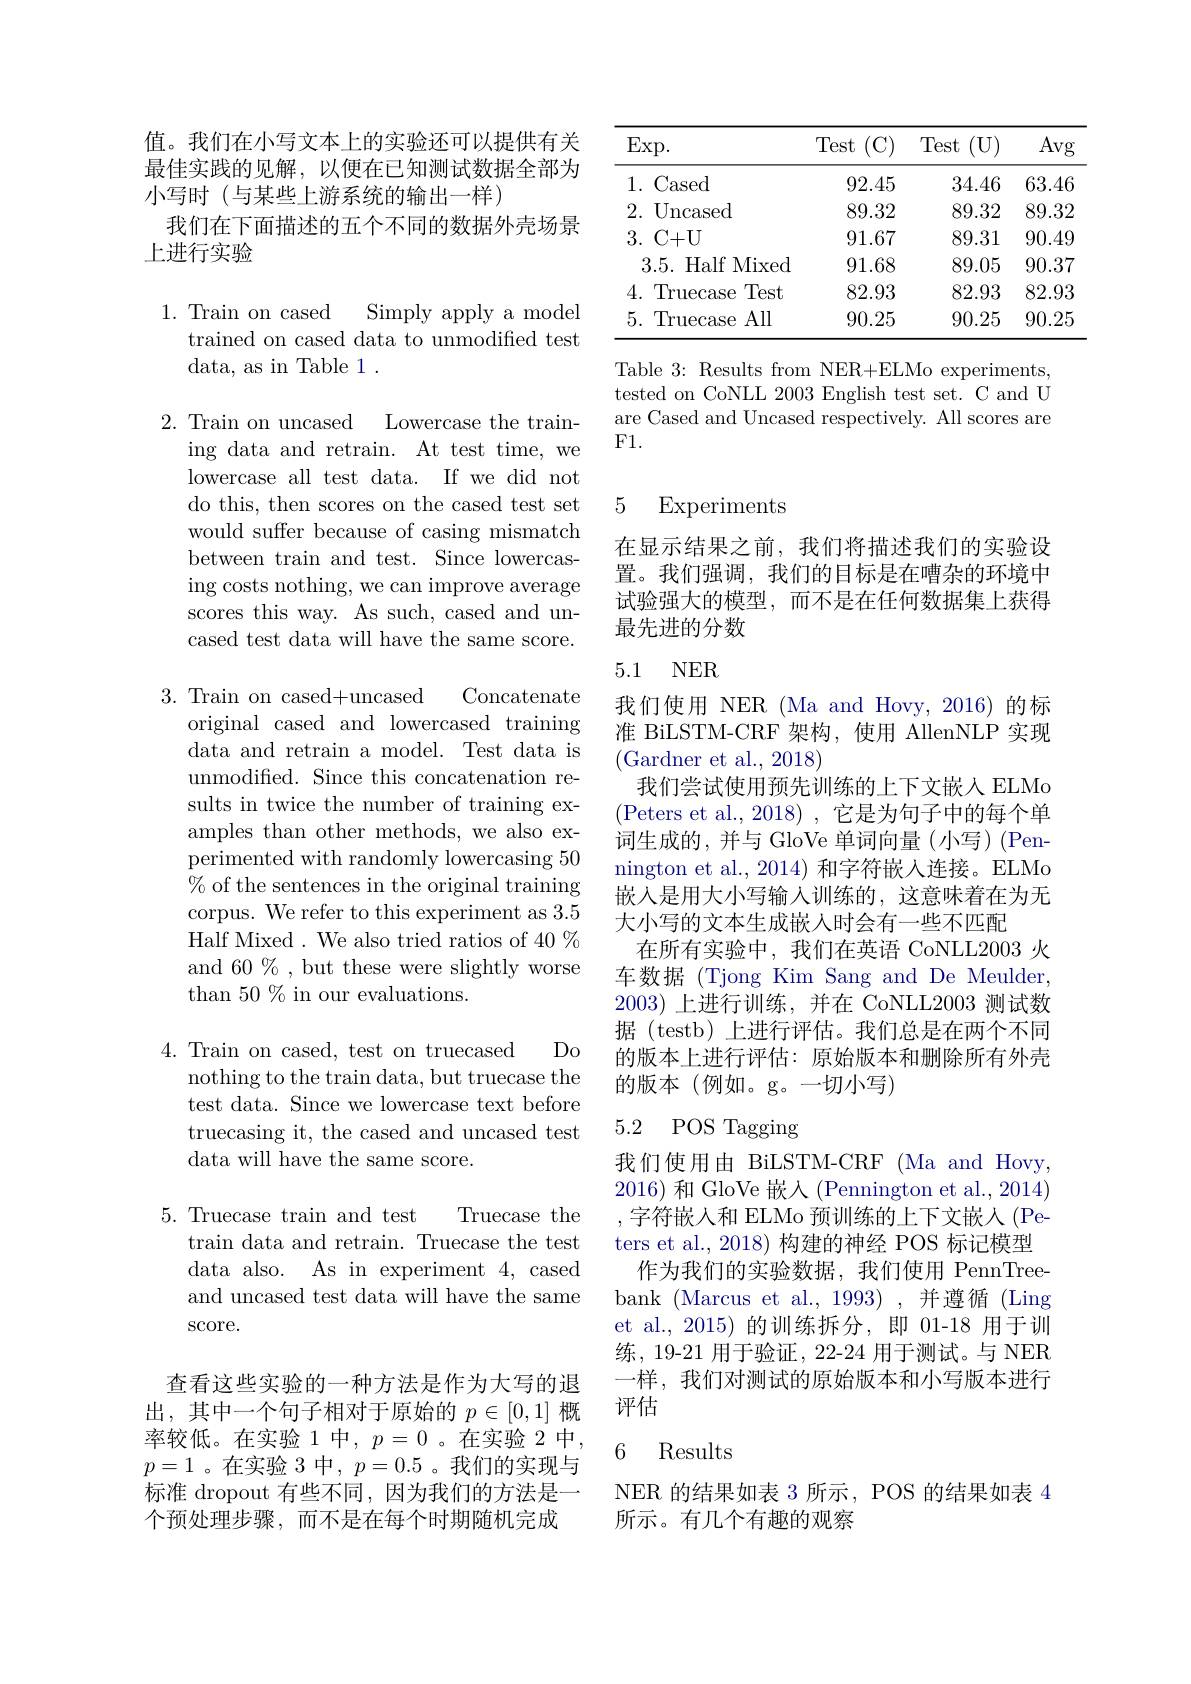
值。我们在小写文本上的实验还可以提供有关最佳实践的见解，以便在已知测试数据全部为小写时(与某些上游系统的输出一样)
我们在下面描述的五个不同的数据外壳场景
上进行实验

1. Train on cased Simply apply a model
trained on cased data to unmodified test
data, as in Table 1 .

2. Train on uncased Lowercase the train-
ing data and retrain. At test time, we lowercase all test data. If we did not do this, then scores on the cased test set would suffer because of casing mismatch between train and test. Since lowercasing costs nothing, we can improve average scores this way. As such, cased and uncased test data will have the same score.

3. Train on cased+uncased

Concatenate

original cased and lowercased training data and retrain a model. Test data is unmodified. Since this concatenation results in twice the number of training examples than other methods, we also experimented with randomly lowercasing 50 $\%$ of the sentences in the original training corpus. We refer to this experiment as 3.5 Half Mixed . We also tried ratios of 40 % and 60%, but these were slightly worse than $50\%$ in our evaluations.

$Do$

4. Train on cased, test on truecased
nothing to the train data, but truecase the test data. Since we lowercase text before truecasing it, the cased and uncased test data will have the same score.

5. Truecase train and test
Truecase the
train data and retrain. Truecase the test data also. As in experiment 4, cased and uncased test data will have the same $\operatorname{score.}$

查看这些实验的一种方法是作为大写的退出，其中一个句子相对于原始的$p\in[0,1]$ 概率较低。在实验 1 中，$p=0$ 。在实验 2 中， $p=1$ 。在实验 3 中$,p=0.5$ 。我们的实现与标准 dropout 有些不同，因为我们的方法是一个预处理步骤，而不是在每个时期随机完成

<table>
	<tbody>
		<tr>
			<th>$\operatorname{Exp}.$</th>
			<th>Test (C)</th>
			<th>Test (U)</th>
			<th>Avg</th>
		</tr>
		<tr>
			<td>1.( Cased</td>
			<td>92.45</td>
			<td>34.46</td>
			<td>63.46</td>
		</tr>
		<tr>
			<td>2. Uncased 1 </td>
			<td>89.32</td>
			<td>89.32</td>
			<td>89.32</td>
		</tr>
		<tr>
			<td>3.C+U</td>
			<td>91.67</td>
			<td>89.31</td>
			<td>90.49</td>
		</tr>
		<tr>
			<td>3.5. Half f Mixed </td>
			<td>91.68</td>
			<td>89.05</td>
			<td>90.37</td>
		</tr>
		<tr>
			<td>4. $\operatorname{Truecase}$ Test</td>
			<td>82.93</td>
			<td>82.93</td>
			<td>82.93</td>
		</tr>
		<tr>
			<td>5. 1 Truecase All</td>
			<td>90.25</td>
			<td>90.25</td>
			<td>90.25</td>
		</tr>
	</tbody>
</table>

Table 3: Results from NER+ELMo experiments, tested on CoNLL 2003 English test set. C and U are Cased and Uncased respectively. All scores are F1.

## 5 Experiments

在显示结果之前，我们将描述我们的实验设置。我们强调，我们的目标是在嘈杂的环境中试验强大的模型，而不是在任何数据集上获得最先进的分数

### 5.1 NER

我们使用 NER (Ma and Hovy, 2016)的标准 BiLSTM-CRF 架构，使用 AllenNLP 实现(Gardner et al., 2018)
我们尝试使用预先训练的上下文嵌人 ELMo (Peters et al.,2018),它是为句子中的每个单词生成的，并与 GloVe 单词向量(小写)(Pennington et al., 2014) 和字符嵌人连接。ELMo 嵌入是用大小写输入训练的，这意味着在为无大小写的文本生成嵌人时会有一些不匹配
在所有实验中，我们在英语 CoNLL2003 火车数据 (Tjong Kim Sang and De Meulder, 2003)上进行训练，并在 CoNLL2003 测试数据 (testb) 上进行评估。我们总是在两个不同的版本上进行评估：原始版本和删除所有外壳的版本(例如。g。一切小写)

# 5.2 POS Tagging

我们使用由 BiLSTM-CRF (Ma and Hovy, 2016) 和 GloVe 嵌入 (Pennington et al., 2014) ,字符嵌入和 ELMo 预训练的上下文嵌入(Peters et al., 2018) 构建的神经 POS 标记模型
作为我们的实验数据，我们使用 PennTreebank (Marcus et al., 1993) ,并遵循 (Ling et al.,2015)的训练拆分，即 01-18 用于训练，19-21 用于验证，22-24 用于测试。与 NER 一样，我们对测试的原始版本和小写版本进行评估

### 6 Results

NER 的结果如表 3 所示，POS 的结果如表 4
所示。有几个有趣的观察